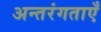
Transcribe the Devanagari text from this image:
अन्तरंगताएँ